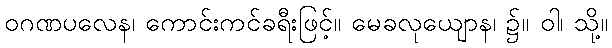
ဝဂဏပလေန၊ ကောင်းကင်ခရီးဖြင့်။ မေခလုယျောန၊ ၌။ ဝါ၊ သို့။